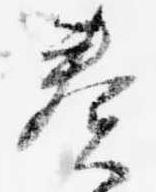
奏